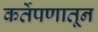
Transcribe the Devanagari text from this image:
कर्तेपणातून